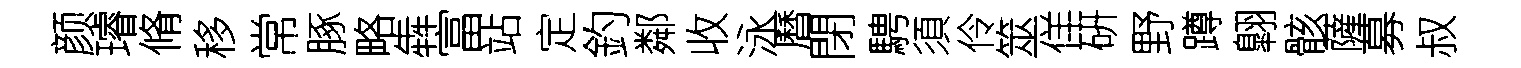
颜璿脩移常䐁略犇富站定釣鄰收泳曆閉騁須伶筮佯硏野蹲翺骸薩募叔